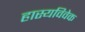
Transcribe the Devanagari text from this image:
हास्यविवेक